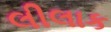
લીલાક